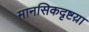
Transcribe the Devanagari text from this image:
मानसिकदृष्टय़ा